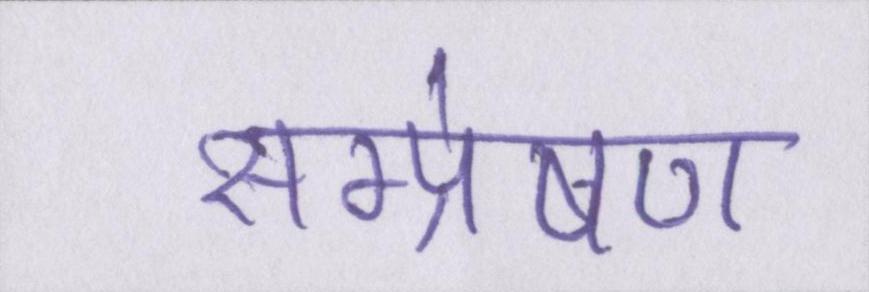
सम्प्रेषण